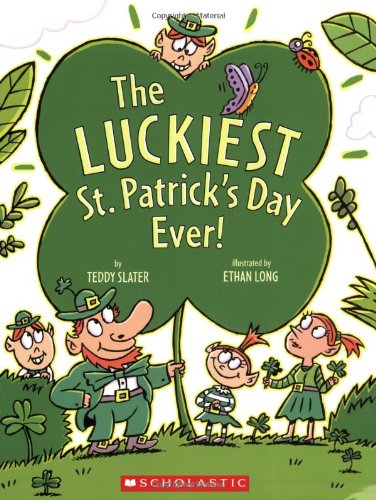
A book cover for The Luckiest St. Patrick's Day Ever; Teddy Slater; Children's Books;